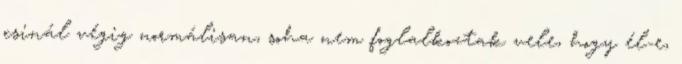
csinál végig normálisan, soha nem foglalkoztak vele, hogy él-e,